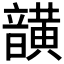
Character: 𮧾